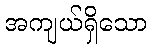
အကျယ်ရှိသော